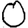
Digit: 0